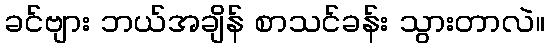
ခင်ဗျား ဘယ်အချိန် စာသင်ခန်း သွားတာလဲ။